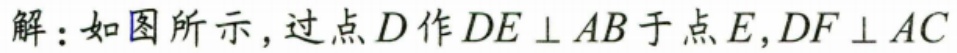
解：如图所示，过点\(D\)作\(DE\perp AB\)于点\(E\)，\(DF\perp AC\)